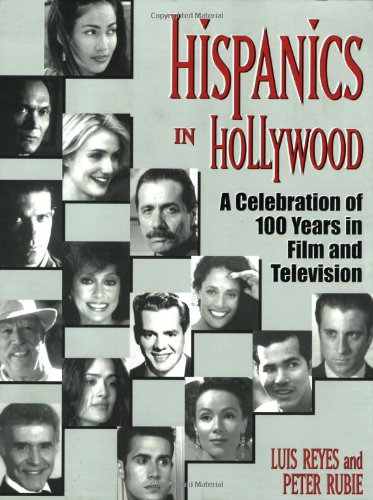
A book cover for Hispanics in Hollywood; Luis Reyes; Humor & Entertainment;